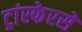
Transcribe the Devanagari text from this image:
ट्रांस्फेरसे